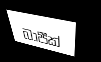
බාපීක්